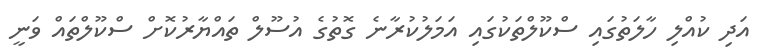
އަދި ކުއްލި ހާލަތުގައި ސްކޫލްތަކުގައި އަމަލުކުރާނެ ގޮތުގެ އުސޫލް ތައްޔާރުކޮށް ސްކޫލްތައް ވަނީ